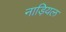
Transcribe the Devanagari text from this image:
नाड़ियल